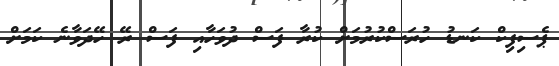
ޕެސިފިކް ކަނޑު ހުރަސްކުރުމަށް ކުރާ ފަސް ދުވަހާއި ފަސް ރޭ ހޭދަވާނެ ކަމަށް